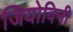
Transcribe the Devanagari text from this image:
जियोविनी